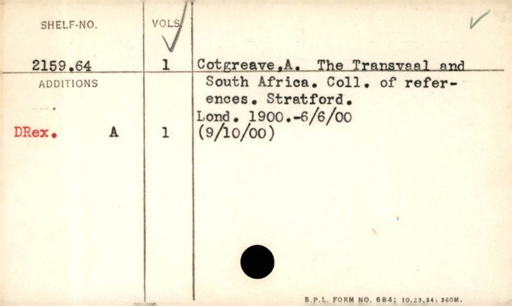
Label: content